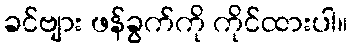
ခင်ဗျား ဖန်ခွက်ကို ကိုင်ထားပါ။